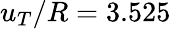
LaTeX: u_{T}/R=3.525